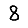
Digit: 8